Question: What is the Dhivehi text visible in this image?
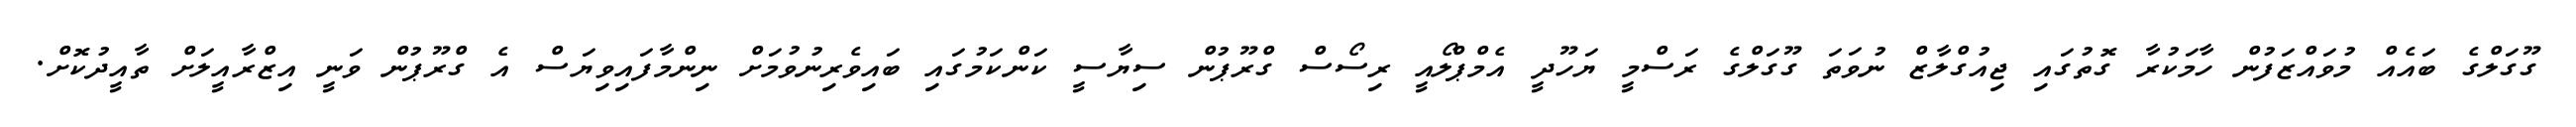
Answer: ގޫގަލްގެ ބައެއް މުވައްޒަފުން ހާމަކުރާ ގޮތުގައި ޖިއުގްލާޒް ނުވަތަ ގޫގަލްގެ ރަސްމީ ޔަހޫދީ އެމްޕްލޯއީ ރިސޯސް ގްރޫޕުން ސިޔާސީ ކަންކަމުގައި ބައިވެރިނުވުމަށް ނިންމާފައިވިޔަސް އެ ގްރޫޕުން ވަނީ އިޒްރާއީލަށް ތާއީދުކޮށް.